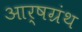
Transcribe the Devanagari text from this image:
आर्षग्रंथ